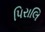
પિરાલિ